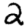
Digit: 2